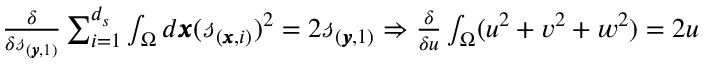
\begin{array} { r } { \frac { \delta } { \delta \mathscr { s } _ { ( \pmb { y } , 1 ) } } \sum _ { i = 1 } ^ { d _ { s } } \int _ { \Omega } d \pmb { x } ( \mathscr { s } _ { ( \pmb { x } , i ) } ) ^ { 2 } = 2 \mathscr { s } _ { ( \pmb { y } , 1 ) } \Rightarrow \frac { \delta } { \delta u } \int _ { \Omega } ( u ^ { 2 } + v ^ { 2 } + w ^ { 2 } ) = 2 u } \end{array}